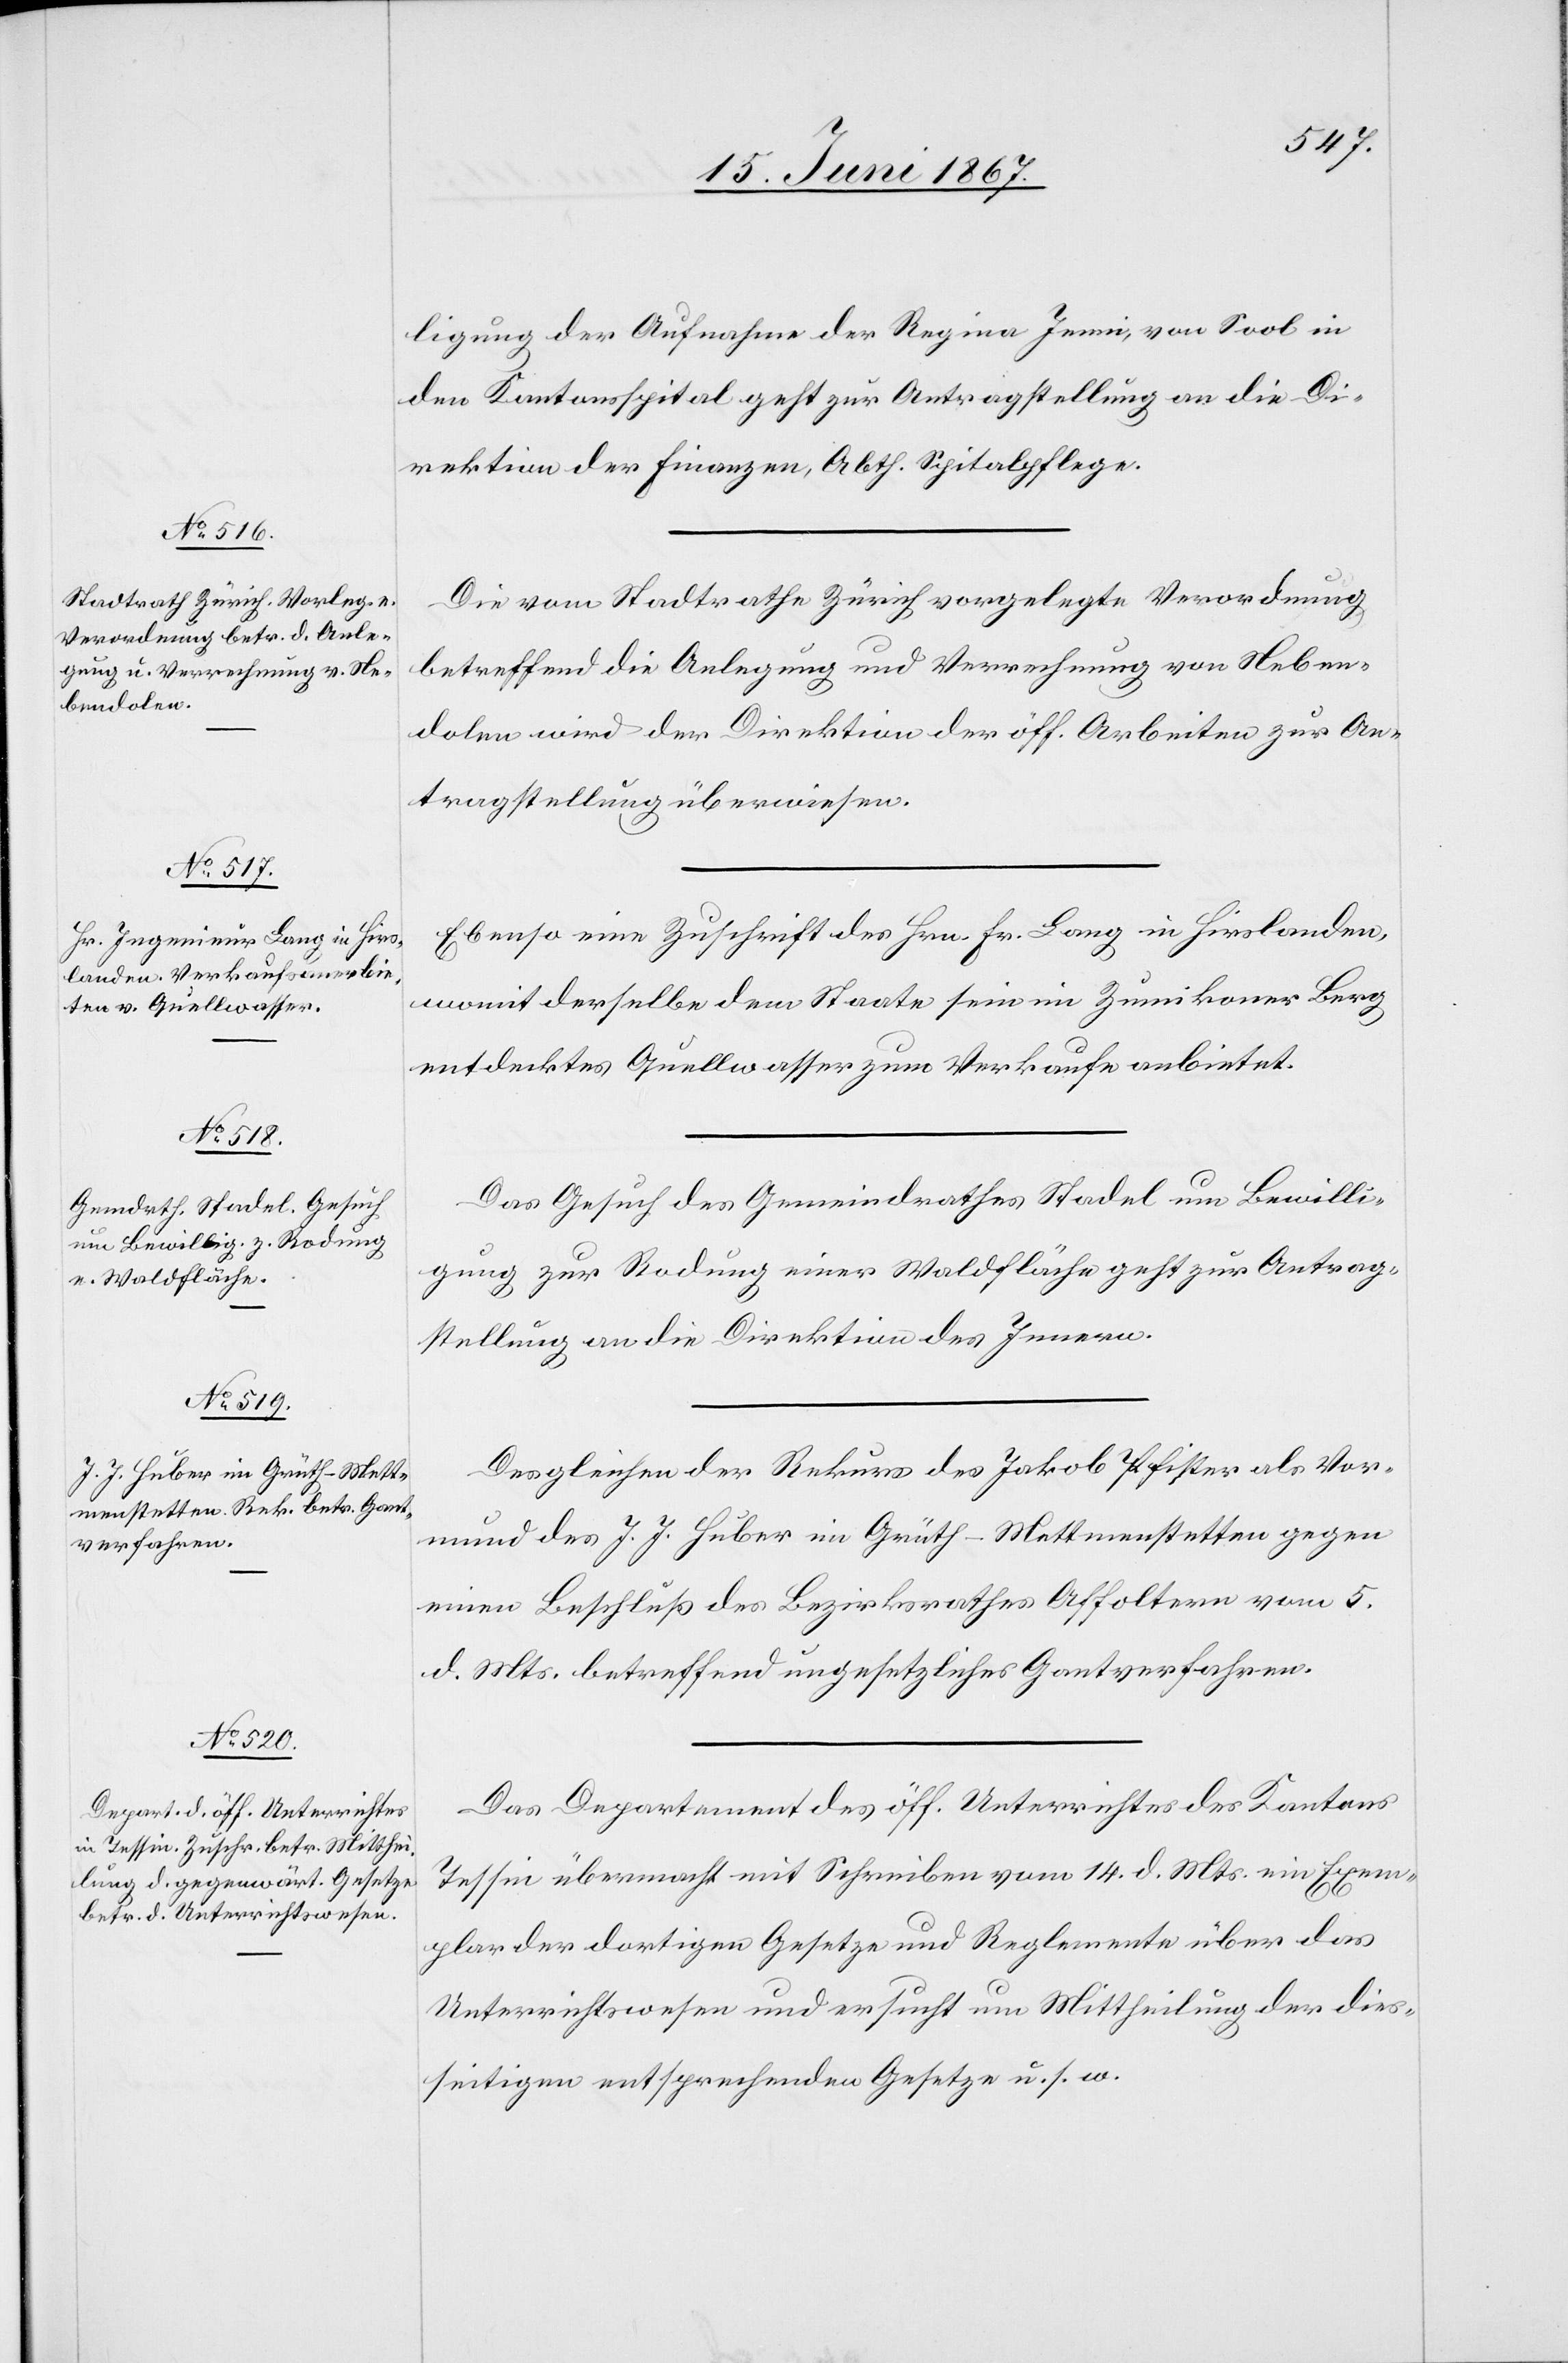
17. Juni 1867.]
ligung der Aufnahme der Regina Jenni, von Sool in
den Kantonsspital geht zur Antragstellung an die Di¬
rektion der Finanzen, Abth. Spitalpflege.
Die vom Stadtrathe Zürich vorgelegte Verordnung
betreffend die Anlegung und Verrechnung von Neben¬
dolen wird der Direktion der öff. Arbeiten zur An¬
tragstellung überwiesen.
Ebenso eine Zuschrift des Hrn. Fr. Lang in Hirslanden
womit derselbe dem Staate sein im Zumikoner Berg
entdecktes Quellwasser zum Verkaufe anbietet.
Das Gesuch des Gemeindrathes Stadel um Bewilli¬
gung zur Rodung einer Waldfläche geht zur Antrag¬
stellung an die Direktion des Innern.
Desgleichen der Rekurs des Jakob Pfister als Vor¬
mund des J. J. Huber in Grüth-Mettmenstetten gegen
einen Beschluß des Bezirksrathes Affoltern vom 5.
d. Mts. betreffend ungesetzliches Gantverfahren.
Das Departement des öff. Unterrichtswesens des Kantons
Tessin übermacht mit Schreiben vom 14. d. Mts. ein Exem¬
plar der dortigen Gesetze und Reglemente über das
Unterrichtswesen und ersucht um Mittheilung der dies¬
seitigen entsprechenden Gesetze u. s. w.